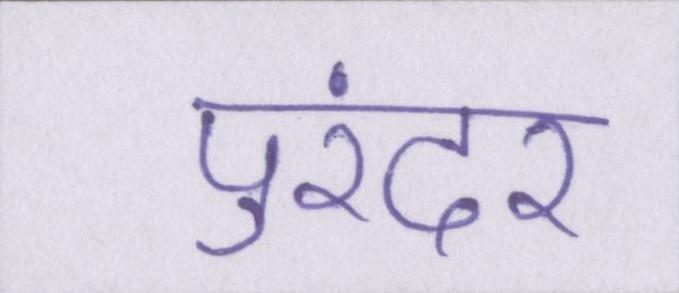
पुरंदर